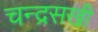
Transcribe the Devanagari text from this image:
चन्द्रसखी